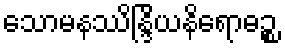
သောမနဿိန္ဒြိယနိရောဓဉ္စ